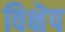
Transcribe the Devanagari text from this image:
विक्षॆप